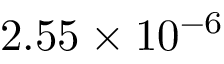
2 . 5 5 \times 1 0 ^ { - 6 }